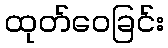
ထုတ်ဝေခြင်း